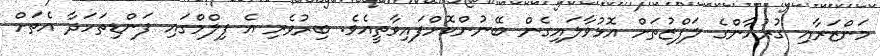
މަންޒަރާއި ގުރުއާންގެ ލަފްޒުތަށް އޮޅުވާލައިގެން ބޭނުންކޮށްފައިވާތީއެވެ. ބިރުވެރި އެ ފިލްމްގައި ފަންޑިތަހަދާ އެތަށް